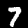
Label: 7